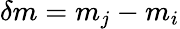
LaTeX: \delta m=m_{j}-m_{i}